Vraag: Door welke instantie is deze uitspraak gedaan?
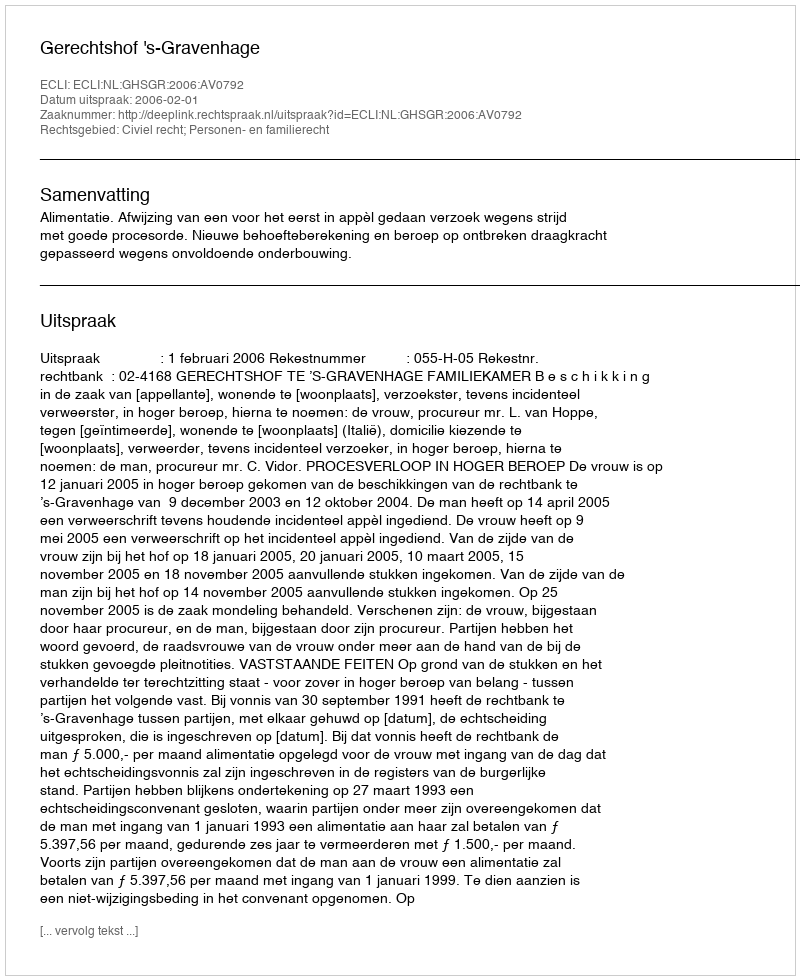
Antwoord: Gerechtshof 's-Gravenhage